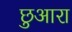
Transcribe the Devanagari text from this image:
छुआरा